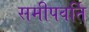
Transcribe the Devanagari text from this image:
समीपवर्ति